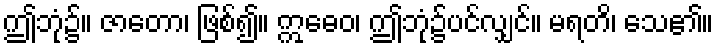
ဤဘုံ၌။ ဇာတော၊ ဖြစ်၍။ ဣဓေဝ၊ ဤဘုံ၌ပင်လျှင်။ မရတိ၊ သေ၏။